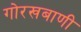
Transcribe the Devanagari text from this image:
गोरखबाणी